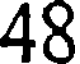
48